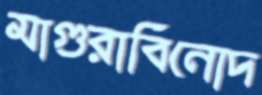
মাগুরাবিনোদ